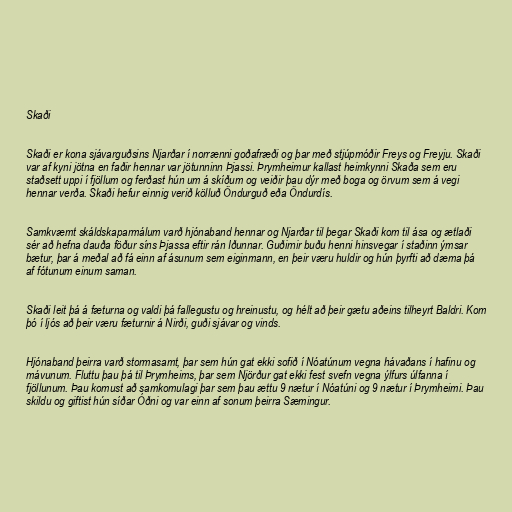
Skaði

Skaði er kona sjávarguðsins Njarðar í norrænni goðafræði og þar með stjúpmóðir Freys og Freyju. Skaði
var af kyni jötna en faðir hennar var jötunninn Þjassi. Þrymheimur kallast heimkynni Skaða sem eru
staðsett uppi í fjöllum og ferðast hún um á skíðum og veiðir þau dýr með boga og örvum sem á vegi
hennar verða. Skaði hefur einnig verið kölluð Öndurguð eða Öndurdís.

Samkvæmt skáldskaparmálum varð hjónaband hennar og Njarðar til þegar Skaði kom til ása og ætlaði
sér að hefna dauða föður síns Þjassa eftir rán Iðunnar. Guðirnir buðu henni hinsvegar í staðinn ýmsar
bætur, þar á meðal að fá einn af ásunum sem eiginmann, en þeir væru huldir og hún þyrfti að dæma þá
af fótunum einum saman.

Skaði leit þá á fæturna og valdi þá fallegustu og hreinustu, og hélt að þeir gætu aðeins tilheyrt Baldri. Kom
þó í ljós að þeir væru fæturnir á Nirði, guði sjávar og vinds.

Hjónaband þeirra varð stormasamt, þar sem hún gat ekki sofið í Nóatúnum vegna hávaðans í hafinu og
mávunum. Fluttu þau þá til Þrymheims, þar sem Njörður gat ekki fest svefn vegna ýlfurs úlfanna í
fjöllunum. Þau komust að samkomulagi þar sem þau ættu 9 nætur í Nóatúni og 9 nætur í Þrymheimi. Þau
skildu og giftist hún síðar Óðni og var einn af sonum þeirra Sæmingur.